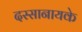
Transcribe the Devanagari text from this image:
दस्सानायके